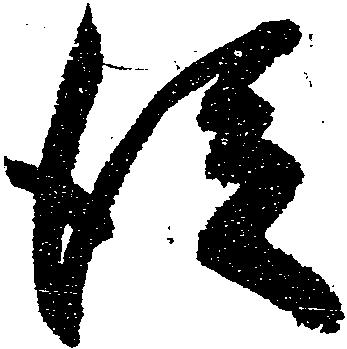
従